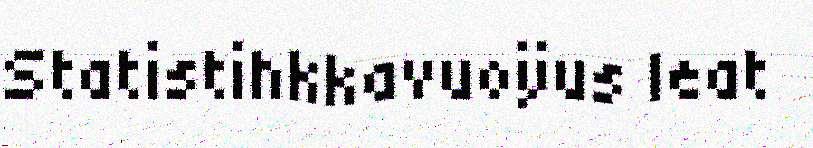
Statistihkkavuoÿus leat